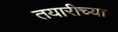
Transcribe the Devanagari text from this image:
तयारीच्या